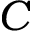
C